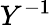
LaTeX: Y^{-1}